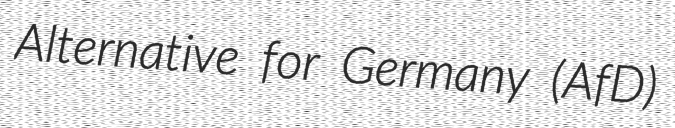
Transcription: Alternative for Germany (AfD)